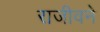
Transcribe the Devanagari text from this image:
राजीवने